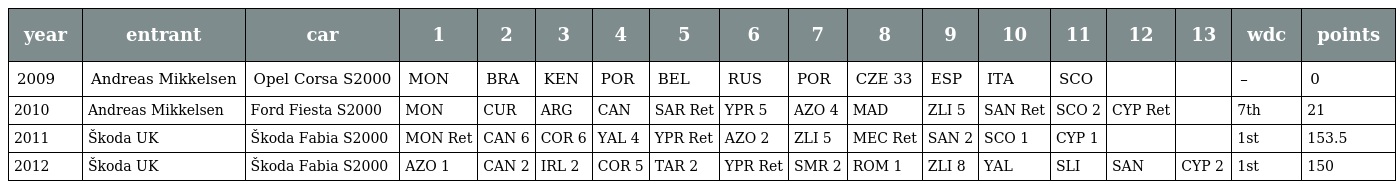
| year | entrant | car | 1 | 2 | 3 | 4 | 5 | 6 | 7 | 8 | 9 | 10 | 11 | 12 | 13 | wdc | points |
 | --- | --- | --- | --- | --- | --- | --- | --- | --- | --- | --- | --- | --- | --- | --- | --- | --- | --- |
 | 2009 | Andreas Mikkelsen | Opel Corsa S2000 | MON | BRA | KEN | POR | BEL | RUS | POR | CZE 33 | ESP | ITA | SCO |  |  | – | 0 |
 | 2010 | Andreas Mikkelsen | Ford Fiesta S2000 | MON | CUR | ARG | CAN | SAR Ret | YPR 5 | AZO 4 | MAD | ZLI 5 | SAN Ret | SCO 2 | CYP Ret |  | 7th | 21 |
 | 2011 | Škoda UK | Škoda Fabia S2000 | MON Ret | CAN 6 | COR 6 | YAL 4 | YPR Ret | AZO 2 | ZLI 5 | MEC Ret | SAN 2 | SCO 1 | CYP 1 |  |  | 1st | 153.5 |
 | 2012 | Škoda UK | Škoda Fabia S2000 | AZO 1 | CAN 2 | IRL 2 | COR 5 | TAR 2 | YPR Ret | SMR 2 | ROM 1 | ZLI 8 | YAL | SLI | SAN | CYP 2 | 1st | 150 |